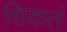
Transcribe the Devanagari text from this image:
शिकतं